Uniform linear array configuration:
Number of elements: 32
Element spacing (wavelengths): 1
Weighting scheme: uniform
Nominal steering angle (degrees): -60
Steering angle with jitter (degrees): -58.46
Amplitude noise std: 0.05
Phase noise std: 0.05

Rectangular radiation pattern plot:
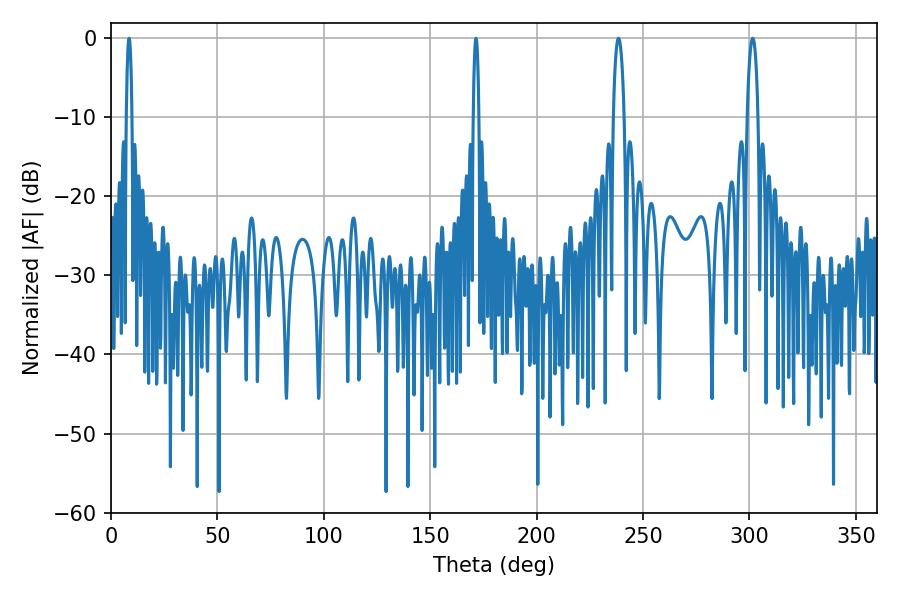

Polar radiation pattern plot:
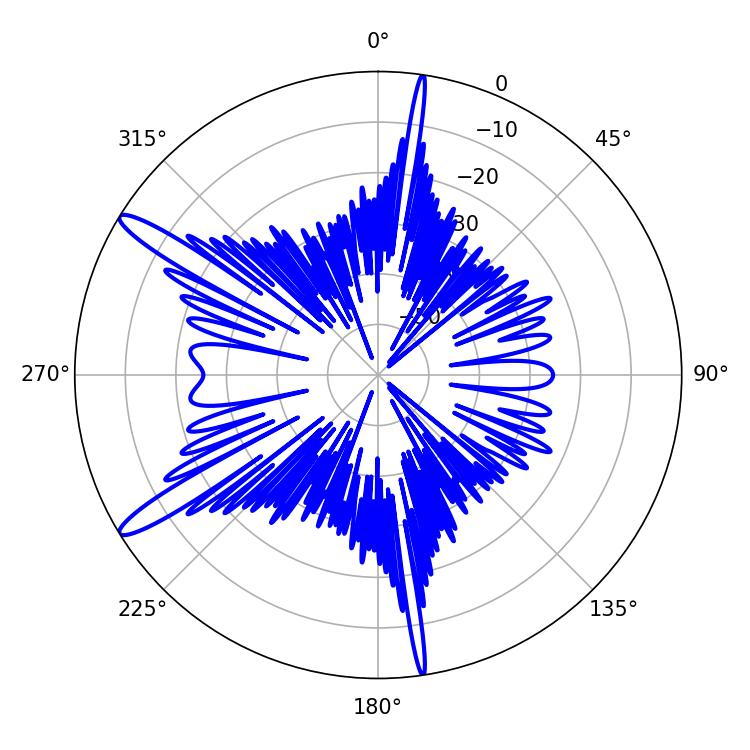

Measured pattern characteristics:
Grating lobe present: TRUE
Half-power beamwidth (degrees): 2.88
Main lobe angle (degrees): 301.5